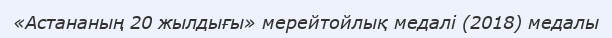
«Астананың 20 жылдығы» мерейтойлық медалі (2018) медалы